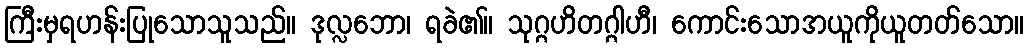
ကြီးမှရဟန်းပြုသောသူသည်။ ဒုလ္လဘော၊ ရခဲ၏။ သုဂ္ဂဟိတဂ္ဂါဟီ၊ ကောင်းသောအယူကိုယူတတ်သော။